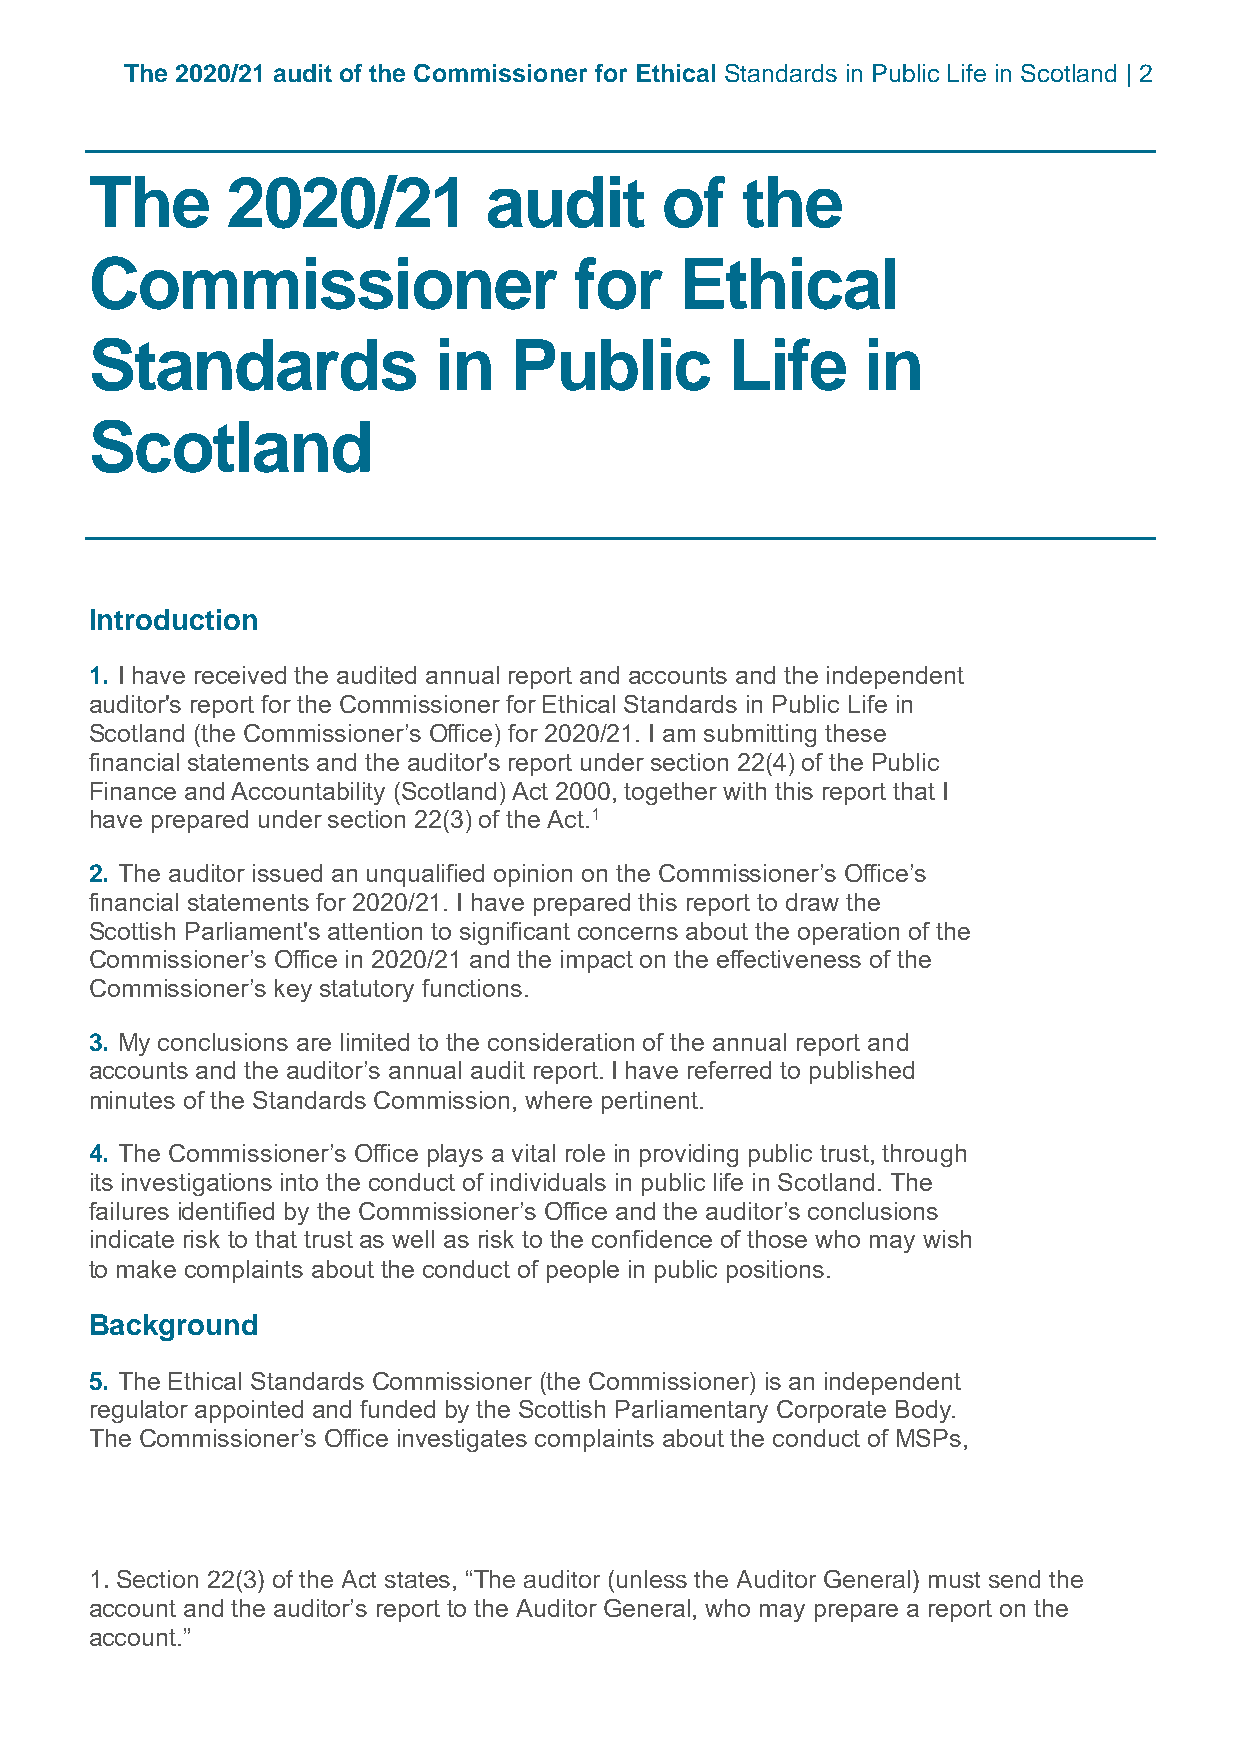
The 2020/21 audit of the Commissioner for Ethical Standards in Public Life in Scotland | 2
 The      2020/21          audit       of   the
 Commissioner                    for    Ethical
 Standards              in   Public        Life     in
 Scotland
 Introduction
 1. I have received the audited annual report and accounts and the independent
 auditor's report for the Commissioner for Ethical Standards in Public Life in
 Scotland (the Commissioner’s Office) for 2020/21. I am submitting these
 financial statements and the auditor's report under section 22(4) of the Public
 Finance and Accountability (Scotland) Act 2000, together with this report that I
 have prepared under section 22(3) of the Act.1
 2. The auditor issued an unqualified opinion on the Commissioner’s Office’s
 financial statements for 2020/21. I have prepared this report to draw the
 Scottish Parliament's attention to significant concerns about the operation of the
 Commissioner’s Office in 2020/21 and the impact on the effectiveness of the
 Commissioner’s key statutory functions.
 3. My conclusions are limited to the consideration of the annual report and
 accounts and the auditor’s annual audit report. I have referred to published
 minutes of the Standards Commission, where pertinent.
 4. The Commissioner’s Office plays a vital role in providing public trust, through
 its investigations into the conduct of individuals in public life in Scotland. The
 failures identified by the Commissioner’s Office and the auditor’s conclusions
 indicate risk to that trust as well as risk to the confidence of those who may wish
 to make complaints about the conduct of people in public positions.
 Background
 5. The Ethical Standards Commissioner (the Commissioner) is an independent
 regulator appointed and funded by the Scottish Parliamentary Corporate Body.
 The Commissioner’s Office investigates complaints about the conduct of MSPs,
 1. Section 22(3) of the Act states, “The auditor (unless the Auditor General) must send the
 account and the auditor’s report to the Auditor General, who may prepare a report on the
 account.”